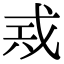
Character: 𢦶